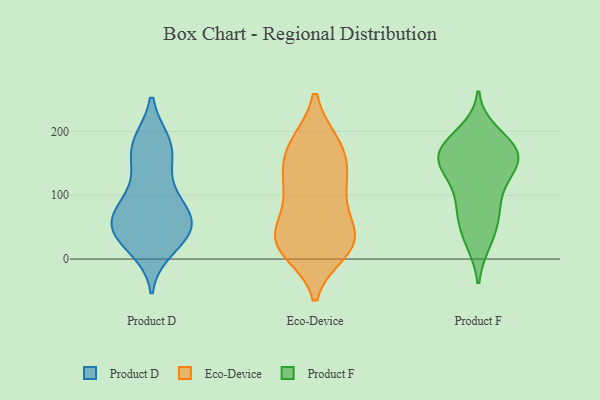
{"axis": {"x": "Headcount", "y": "Value"}, "legend": ["Eco-Device", "Product D", "Product F"], "data": [{"x": "", "y": 30, "type": "Product D"}, {"x": "", "y": 91, "type": "Product D"}, {"x": "", "y": 73, "type": "Product D"}, {"x": "", "y": 45, "type": "Product D"}, {"x": "", "y": 150, "type": "Product D"}, {"x": "", "y": 183, "type": "Product D"}, {"x": "", "y": 60, "type": "Product D"}, {"x": "", "y": 183, "type": "Product D"}, {"x": "", "y": 34, "type": "Product D"}, {"x": "", "y": 181, "type": "Product D"}, {"x": "", "y": 52, "type": "Product D"}, {"x": "", "y": 156, "type": "Product D"}, {"x": "", "y": 16, "type": "Product D"}, {"x": "", "y": 41, "type": "Product D"}, {"x": "", "y": 106, "type": "Product D"}, {"x": "", "y": 76, "type": "Product D"}, {"x": "", "y": 64, "type": "Product D"}, {"x": "", "y": 30, "type": "Eco-Device"}, {"x": "", "y": 23, "type": "Eco-Device"}, {"x": "", "y": 28, "type": "Eco-Device"}, {"x": "", "y": 24, "type": "Eco-Device"}, {"x": "", "y": 30, "type": "Eco-Device"}, {"x": "", "y": 79, "type": "Eco-Device"}, {"x": "", "y": 134, "type": "Eco-Device"}, {"x": "", "y": 181, "type": "Eco-Device"}, {"x": "", "y": 90, "type": "Eco-Device"}, {"x": "", "y": 13, "type": "Eco-Device"}, {"x": "", "y": 125, "type": "Eco-Device"}, {"x": "", "y": 180, "type": "Eco-Device"}, {"x": "", "y": 40, "type": "Eco-Device"}, {"x": "", "y": 155, "type": "Eco-Device"}, {"x": "", "y": 181, "type": "Eco-Device"}, {"x": "", "y": 119, "type": "Eco-Device"}, {"x": "", "y": 155, "type": "Product F"}, {"x": "", "y": 144, "type": "Product F"}, {"x": "", "y": 171, "type": "Product F"}, {"x": "", "y": 159, "type": "Product F"}, {"x": "", "y": 197, "type": "Product F"}, {"x": "", "y": 176, "type": "Product F"}, {"x": "", "y": 170, "type": "Product F"}, {"x": "", "y": 133, "type": "Product F"}, {"x": "", "y": 28, "type": "Product F"}, {"x": "", "y": 72, "type": "Product F"}, {"x": "", "y": 33, "type": "Product F"}, {"x": "", "y": 110, "type": "Product F"}, {"x": "", "y": 70, "type": "Product F"}, {"x": "", "y": 80, "type": "Product F"}, {"x": "", "y": 176, "type": "Product F"}, {"x": "", "y": 145, "type": "Product F"}]}